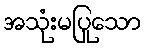
အသုံးမပြုသော